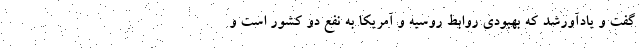
گفت و یادآورشد که بهبودی روابط روسیه و آمریکا به نفع دو کشور است و